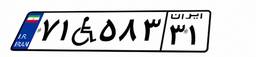
۷۱W۵۸۳۳۱